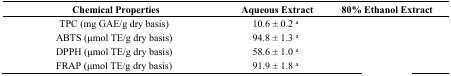
<table><thead><tr><td><b>Chemical Properties</b></td><td><b>Aqueous Extract</b></td><td><b>80% Ethanol Extract</b></td></tr></thead><tbody><tr><td>TPC (mg GAE/g dry basis)</td><td>10.6 ± 0.2 <sup>a</sup></td><td>[EMPTY_CELL]</td></tr><tr><td>ABTS (μmol TE/g dry basis)</td><td>94.8 ± 1.3 <sup>a</sup></td><td>[EMPTY_CELL]</td></tr><tr><td>DPPH (μmol TE/g dry basis)</td><td>58.6 ± 1.0 <sup>a</sup></td><td>[EMPTY_CELL]</td></tr><tr><td>FRAP (μmol TE/g dry basis)</td><td>91.9 ± 1.8 <sup>a</sup></td><td>[EMPTY_CELL]</td></tr></tbody></table>